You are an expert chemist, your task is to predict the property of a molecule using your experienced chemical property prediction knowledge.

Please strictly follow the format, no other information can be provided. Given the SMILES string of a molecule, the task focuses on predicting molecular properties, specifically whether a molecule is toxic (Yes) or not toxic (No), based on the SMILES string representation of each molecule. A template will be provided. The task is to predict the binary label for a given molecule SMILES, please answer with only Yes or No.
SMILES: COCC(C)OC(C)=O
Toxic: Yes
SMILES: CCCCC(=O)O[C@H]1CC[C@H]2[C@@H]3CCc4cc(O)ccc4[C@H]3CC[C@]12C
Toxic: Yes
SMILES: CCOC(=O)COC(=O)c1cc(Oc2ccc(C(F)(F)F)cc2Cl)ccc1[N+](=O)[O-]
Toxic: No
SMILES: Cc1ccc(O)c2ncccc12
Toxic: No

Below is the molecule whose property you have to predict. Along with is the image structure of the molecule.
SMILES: CCOC(=O)c1ccccc1C
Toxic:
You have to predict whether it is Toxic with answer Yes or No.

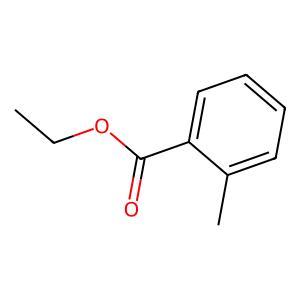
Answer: No